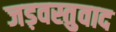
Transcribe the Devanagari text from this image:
जड़वस्तुवाद